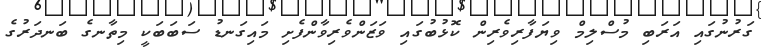
ގަރުނުގައި އަރަބި މުސްލިމް ވިޔަފާރިވެރިން ކޮޅުބުގައި ވަޒަންވެރިވާންފެށި މައިގަނޑު ސަބަބަކީ މިތާނގެ ބަނދަރުގެ